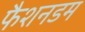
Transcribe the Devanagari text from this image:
फैशनडम